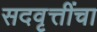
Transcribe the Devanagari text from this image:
सदवृत्तींचा